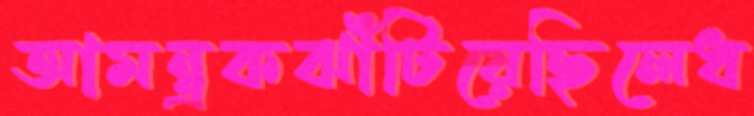
আমন্ত্রকঝাঁটিয়েছিলেধ